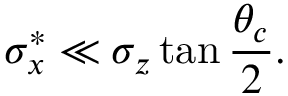
\sigma _ { x } ^ { * } \ll \sigma _ { z } \tan \frac { \theta _ { c } } { 2 } .